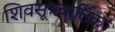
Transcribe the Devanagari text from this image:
शिवसूत्रवार्तिक